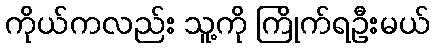
ကိုယ်ကလည်း သူ့ကို ကြိုက်ရဦးမယ်